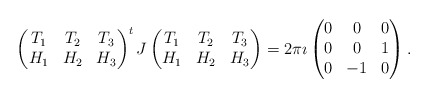
\begin{gather*} \begin{pmatrix} T_1 & T_2 & T_3 \\ H_1 & H_2 & H_3 \end{pmatrix}^t J \begin{pmatrix} T_1 & T_2 & T_3 \\ H_1 & H_2 & H_3 \end{pmatrix} = 2\pi \imath \begin{pmatrix} 0 & 0 & 0 \\ 0 & 0 & 1 \\ 0 & -1 & 0 \end{pmatrix}.\end{gather*}